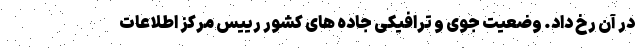
در آن رخ داد. وضعیت جوی و ترافیکی جاده های کشور رییس مرکز اطلاعات